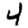
Digit: 4